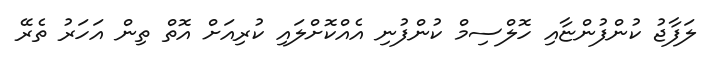
ލަފާޖު ކުންފުންޏާއި ހޮލްސިމް ކުންފުނި އެއްކޮށްލައި ކުރިއަށް އޮތް ތިން އަަހަރު ތެރޭ